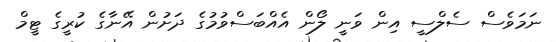
ނަމަވެސް ސެލްސީ އިން ވަނީ ލޯން އެއްބަސްވުމުގެ ދަށުން އޭނާގެ ކުރީގެ ޓީމް